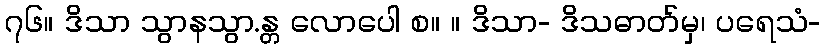
၇၆။ ဒိသာ သွာနသွာ.န္တ လောပေါ စ။ ။ ဒိသာ- ဒိသဓာတ်မှ၊ ပရေသံ-